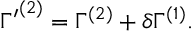
{ \Gamma ^ { \prime } } ^ { ( 2 ) } = \Gamma ^ { ( 2 ) } + \delta \Gamma ^ { ( 1 ) } .